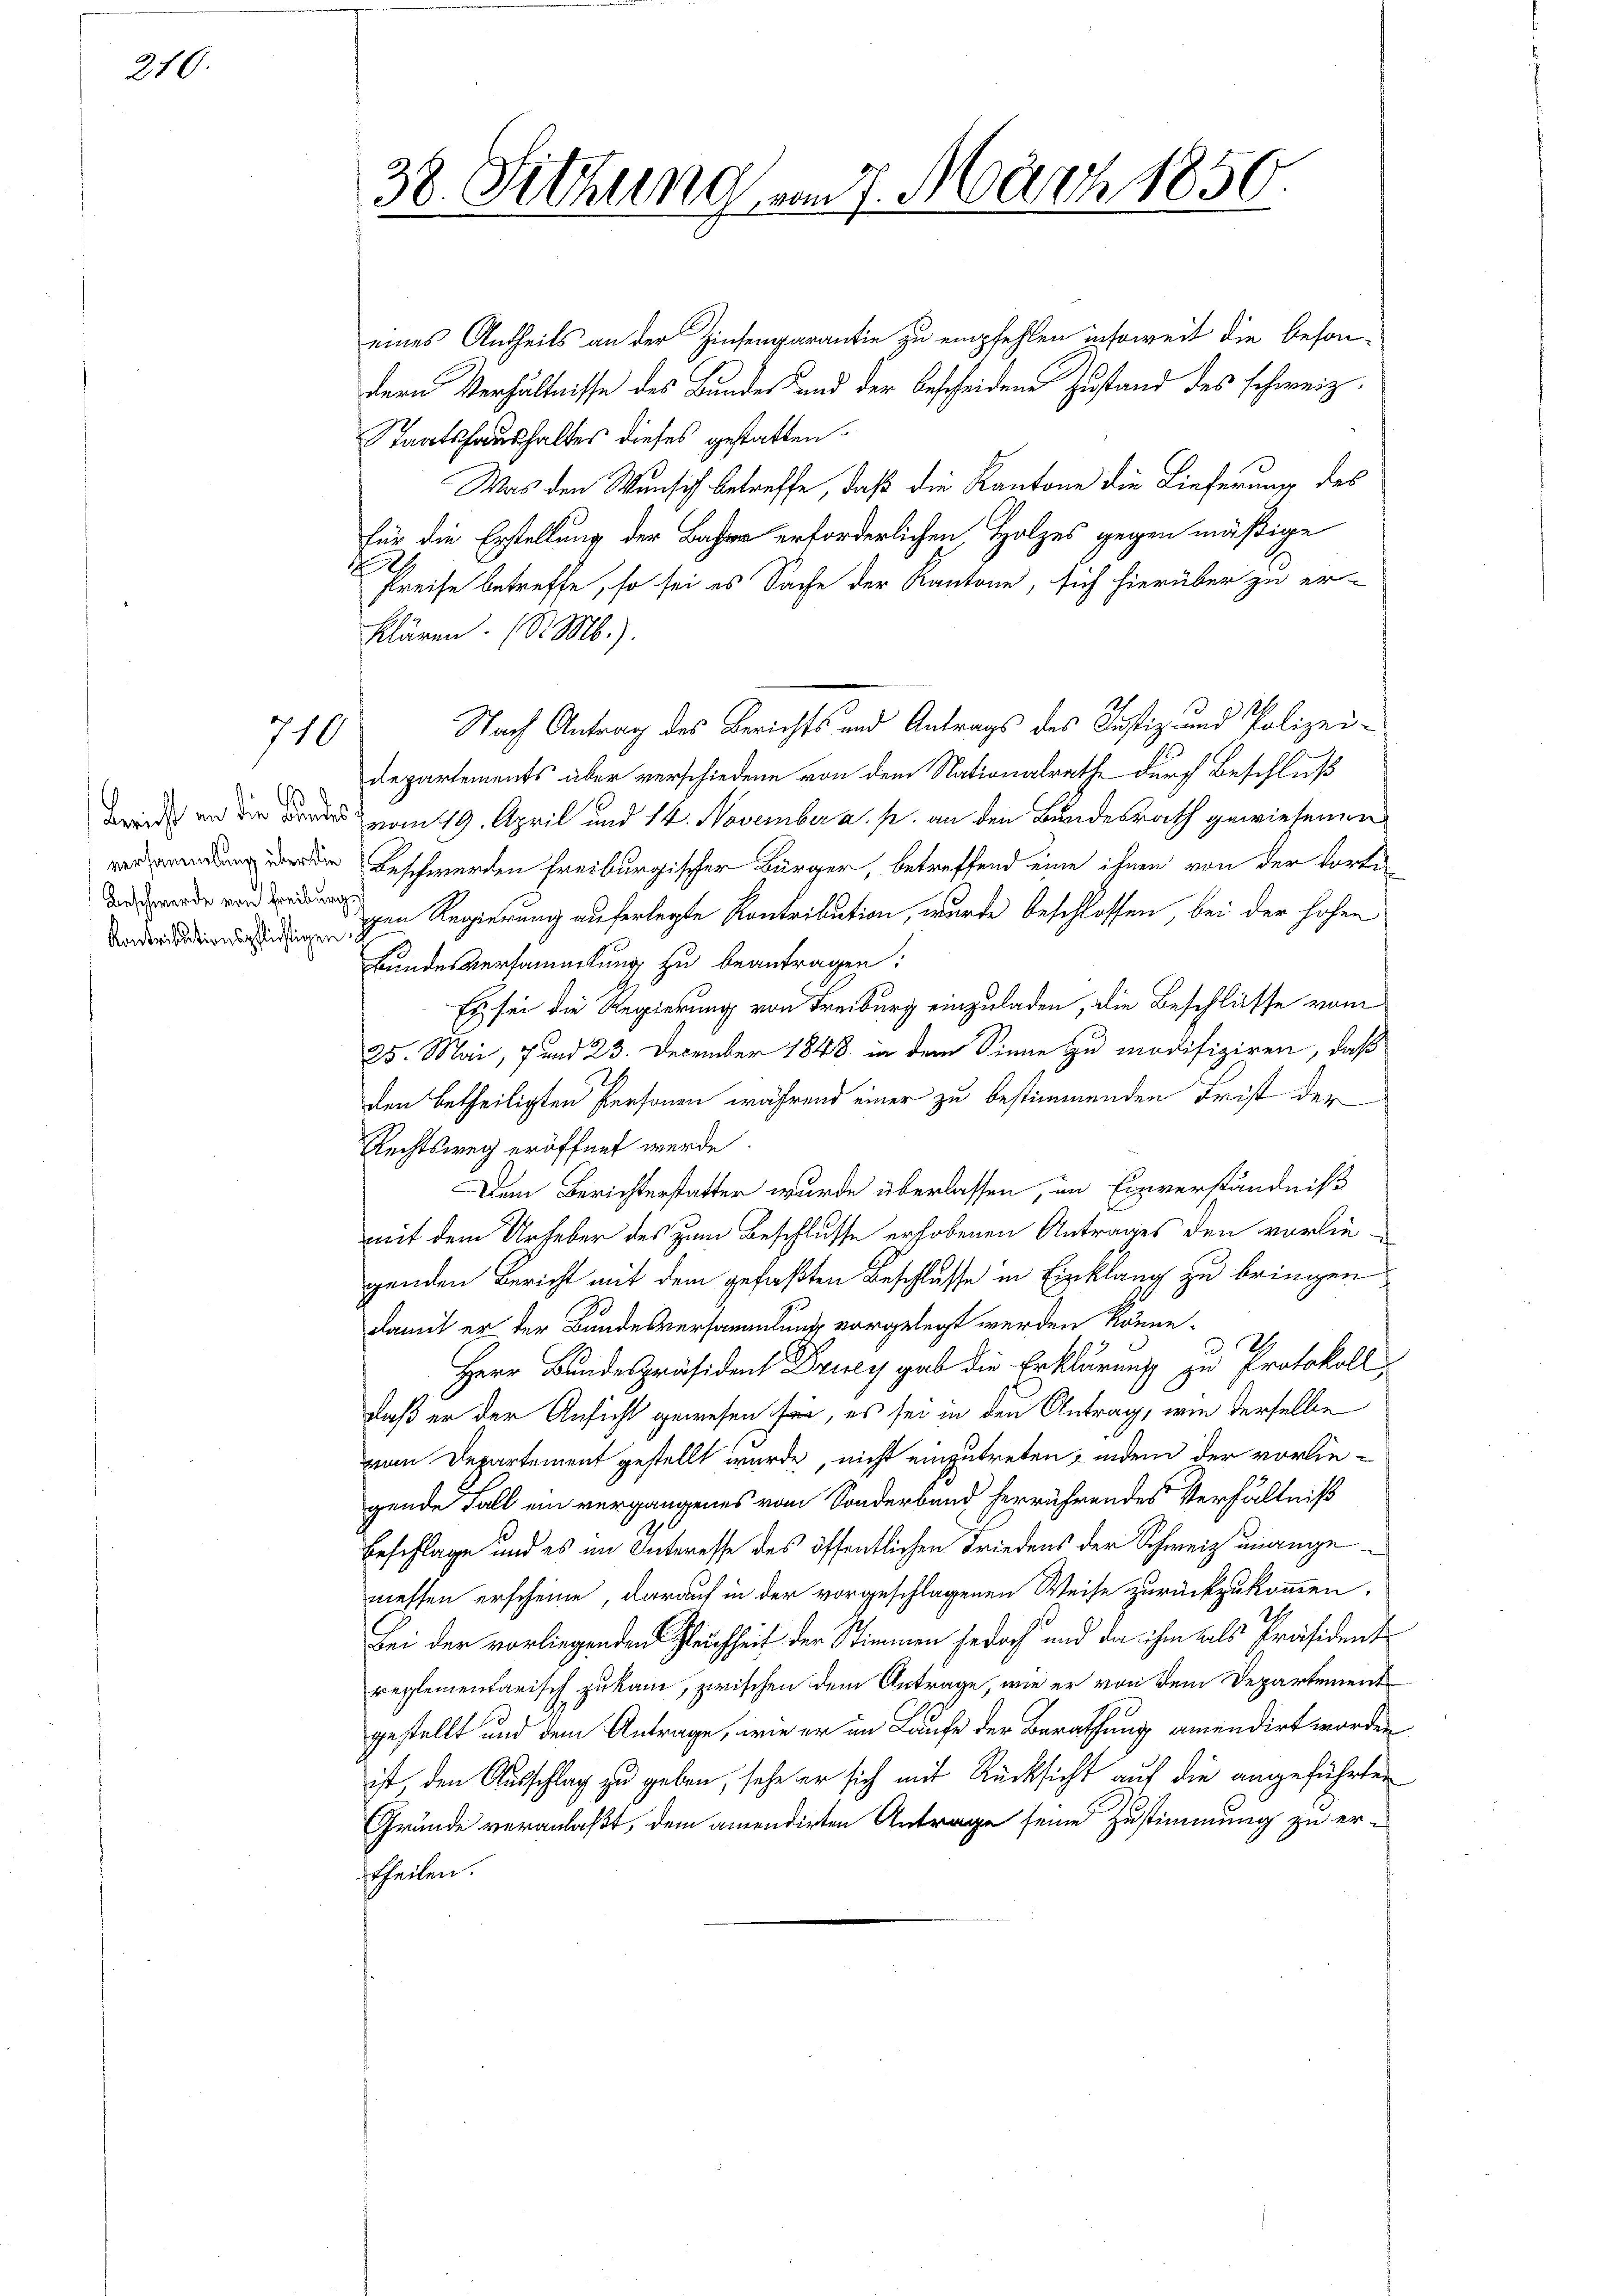
210

7

710

¬
Kontributionspflichtigen

38. Sitzung vom 7. März 1850.

eines Antheils an der Zinsengarantie zu empfehlen insoweit die besondern Verhältnisse des Bundes und der bescheidene Zustand des schweiz.
Staatshaushaltes dieses gestatten.
Was den Wunsch betreffe, daß die Kantone die Lieferung des
für die Erstellung der Basler erforderlichen Holzes gegen mäßige
A
Preise betreffe, so sei es Sache der Kantone, sich hierüber zu er-
klären. (S. M.).
Nach Antrag des Berichts und Antrags des Justiz- und Polizei-
Departements über verschiedene von dem Nationalrathe durch Beschluß
w vom 19. April und 14. November a. p. an den Bundesrath gewiesenen
 den Beschwerden freiburgischer Bürger, betreffend eine ihnen von der dorti-
 Regierung auferlegte Kontribution, wurde beschlossen, bei der hohen
Bundesversammlung zu beantragen:
Es sei die Regierung von Treiburg einzuladen, die Beschlüsse vom
25. Mai, 7 und 23. December 1848 in dem Sinne zu modifiziren, daß
den betheiligten Personen während einer zu bestimmenden Frist der
Rechtsweg eröffnet werde.
Dem Berichterstatter wurde überlassen, im Einverständniß
mit dem Urheber des zum Beschlusse erhobenen Antrages den vorliegenden Bericht mit dem gefaßten Beschlusse in Einklang zu bringen
damit er der Bundesversammlung vorgelegt werden könne.
Herr Bundespräsident Drey gab die Erklärung zu Protokoll
daß er der Ansicht gewesen sei, es sei in den Antrag, wie derselbe
von Departement gestellt wurde, nicht einzutreten, indem der vorliegende Fall ein vergangenes vom Sonderband herrührendes Verhältniß
Beschlage und es im Interesse des öffentlichen Friedens der Schweiz unangemessen erscheine, darauf in der vorgeschlagenen Weise zurückzukommen.
Bei der vorliegenden Gleichheit der Stimmen jedoch und da ihm als Präsident
reglementarisch zu kam, zwischen dem Antrage, wie er von dem Departement
gestellt und dem Antrage, wie er im Laufe der Berathung amendirt worden
ist, den Ausschlag zu geben, sehe er sich mit Rücksicht auf die angeführten
Gründe veranlaßt, dem amendirten Antrage seine Zustimmung zu er-
theilen.